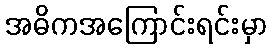
အဓိကအကြောင်းရင်းမှာ